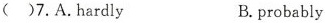
( )7.A.Hardly B.probably